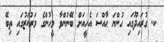
ކ. ގުރައިދޫގައި ހުންނަ ޙާއްސަ އެހީއަށް ބޭނުންވާ މީހުންގެ މަރުކަޒުގައި ތިބޭ